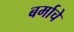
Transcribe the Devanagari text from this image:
बर्माचे